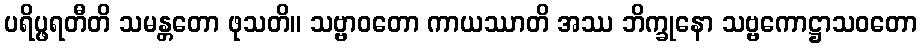
ပရိပ္ဖရတီတိ သမန္တတော ဖုသတိ။ သဗ္ဗာဝတော ကာယဿာတိ အဿ ဘိက္ခုနော သဗ္ဗကောဋ္ဌာသဝတော